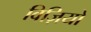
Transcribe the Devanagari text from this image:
विज़ियो